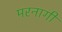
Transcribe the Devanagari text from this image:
मरनागी